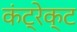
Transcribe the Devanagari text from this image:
कंट्रेक्ट